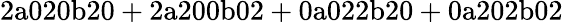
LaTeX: \mathrm{2a020b20+2a200b02+0a022b20+0a202b02}